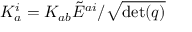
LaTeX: K _ { a } ^ { i } = K _ { a b } { \tilde { E } } ^ { a i } / { \sqrt { \operatorname* { d e t } ( q ) } }